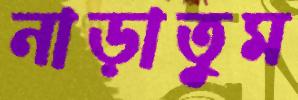
নাড়াতুম